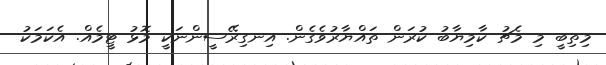
މިތިބީ މި މެޗު ކާމިޔާބު ކުރަން ތައްޔާރުވެގެން. އިނގިރޭސީންނަކީ މޮޅު ޓީމެއް. އެކަމަކު